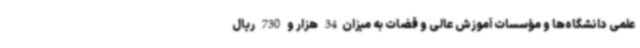
علمی دانشگاه‌ها و مؤسسات آموزش عالی و قضات به میزان34 هزار و 730 ریال